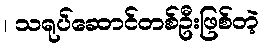
၊ သရုပ်ဆောင်တစ်ဦးဖြစ်တဲ့